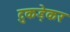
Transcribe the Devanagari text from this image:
टुकड़ेकर